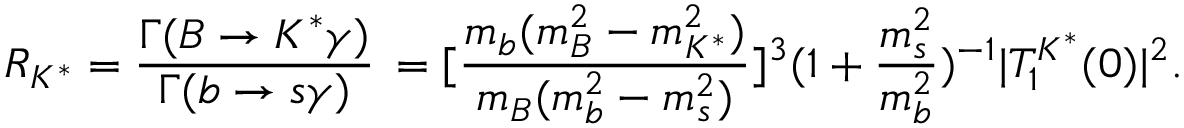
R _ { K ^ { * } } = \frac { { \Gamma ( B \to K ^ { * } \gamma ) } } { { \Gamma ( b \to s \gamma ) } } \, = [ \frac { m _ { b } ( m _ { B } ^ { 2 } - m _ { K ^ { * } } ^ { 2 } ) } { m _ { B } ( m _ { b } ^ { 2 } - m _ { s } ^ { 2 } ) } ] ^ { 3 } ( 1 + \frac { m _ { s } ^ { 2 } } { m _ { b } ^ { 2 } } ) ^ { - 1 } | T _ { 1 } ^ { K ^ { * } } ( 0 ) | ^ { 2 } .